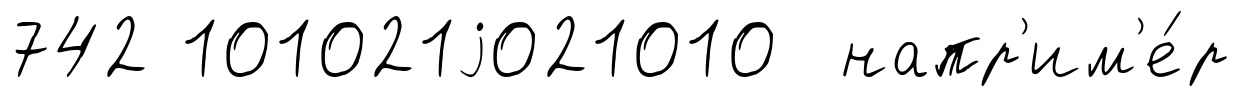
742 101021j021010 напр'им'е́р